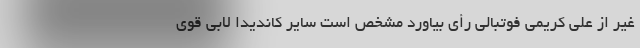
غیر از علی کریمی فوتبالی رأی بیاورد مشخص است سایر کاندیدا لابی قوی